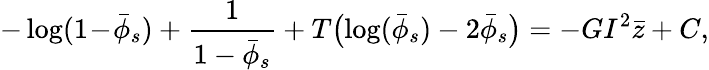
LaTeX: -\log(1\! -\! \bar{\phi}_{s})+\frac{1}{1-\bar{\phi}_{s}}+T\bigl(\log(\bar{\phi}_{s})-2\bar{\phi}_{s}\bigr)=-GI^{2}\bar{z}+C,